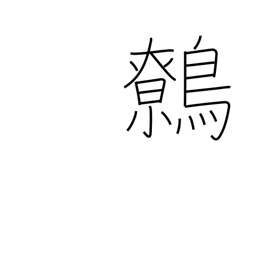
Meaning: wren